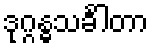
ဒုဂ္ဂန္ဓသင်္ခါတာ